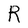
Character: R